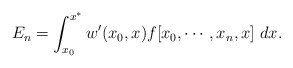
\begin{align*}\begin{aligned}E_n&=\int_{x_0}^{x^*} w'(x_0,x)f[x_0,\cdots, x_n,x]\ dx.\end{aligned}\end{align*}